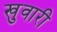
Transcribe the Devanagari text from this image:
खुवारी